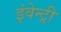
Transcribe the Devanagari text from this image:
इंवेन्ट्री